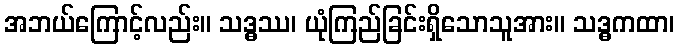
အဘယ်ကြောင့်လည်း။ သဒ္ဓဿ၊ ယုံကြည်ခြင်းရှိသောသူအား။ သဒ္ဓကထာ၊